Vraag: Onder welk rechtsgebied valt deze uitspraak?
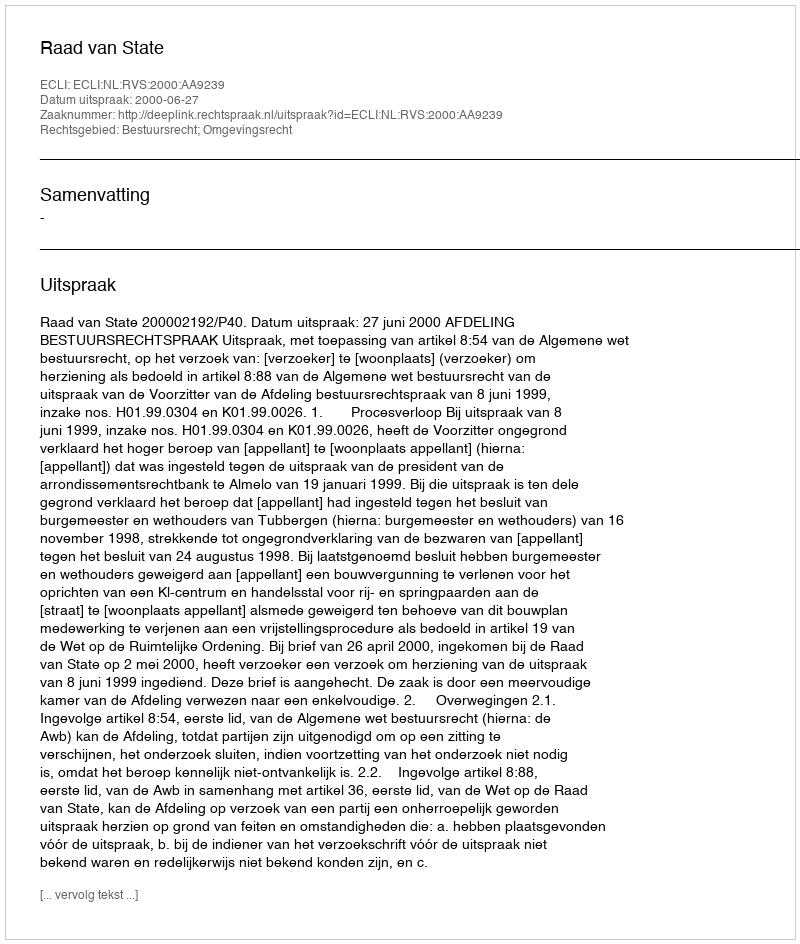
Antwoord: Bestuursrecht; Omgevingsrecht